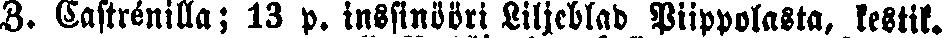
Z. Castrénilla; 13 p. insinööri Liljeblad Piippolasta kestik.